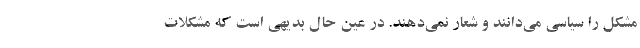
مشکل را سیاسی می‌دانند و شعار نمی‌دهند. در عین حال بدیهی است که مشکلات